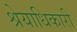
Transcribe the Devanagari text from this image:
श्रेयाधिकारी